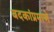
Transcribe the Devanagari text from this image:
बदकांप्रमाणे